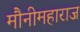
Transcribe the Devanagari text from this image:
मौनीमहाराज